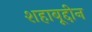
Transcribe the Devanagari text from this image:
शहाबूद्दीन